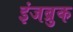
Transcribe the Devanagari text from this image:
इंजब्रुक